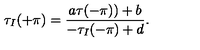
\tau _ { I } ( + \pi ) = \frac { a \tau ( - \pi ) ) + b } { - \tau _ { I } ( - \pi ) + d } .